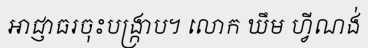
អាជ្ញាធរចុះបង្ក្រាប។ លោក ឃឹម ហ្វីណង់